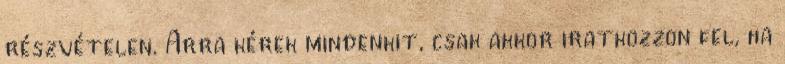
részvételen. Arra kérek mindenkit, csak akkor iratkozzon fel, ha